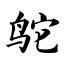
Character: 鸵